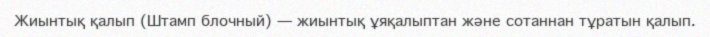
Жиынтық қалып (Штамп блочный) — жиынтық ұяқалыптан және сотаннан тұратын қалып.